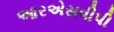
આરએસવીપી